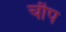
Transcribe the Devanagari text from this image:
चौप